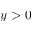
y > 0